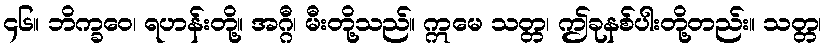
၄၆။ ဘိက္ခဝေ၊ ရဟန်းတို့။ အဂ္ဂီ၊ မီးတို့သည်။ ဣမေ သတ္တ၊ ဤခုနစ်ပါးတို့တည်း။ သတ္တ၊